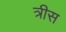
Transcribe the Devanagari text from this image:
त्रीस